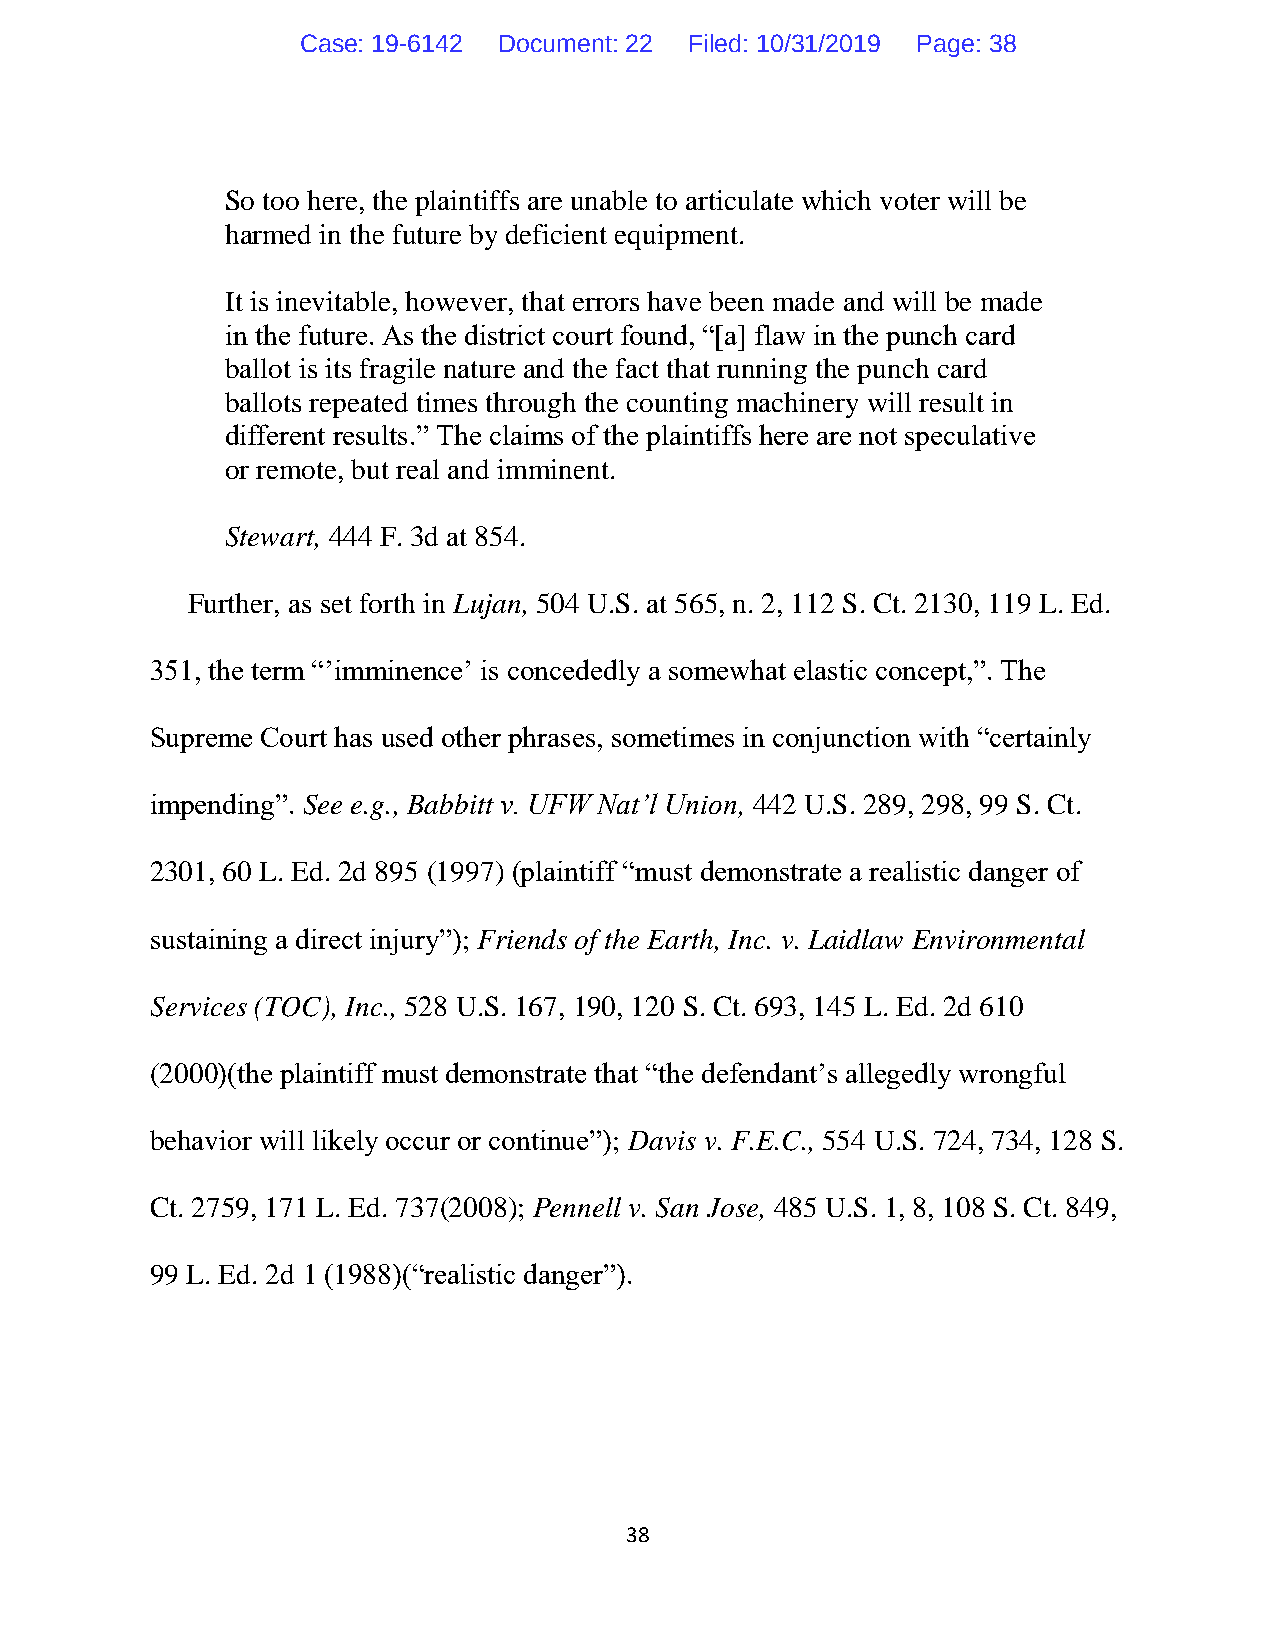
Case: 19-6142 Document: 22 Filed: 10/31/2019 Page: 38
 So too here, the plaintiffs are unable to articulate which voter will be
 harmed in the future by deficient equipment.
 It is inevitable, however, that errors have been made and will be made
 in the future. As the district court found, “[a] flaw in the punch card
 ballot is its fragile nature and the fact that running the punch card
 ballots repeated times through the counting machinery will result in
 different results.” The claims of the plaintiffs here are not speculative
 or remote, but real and imminent.
 Stewart, 444 F. 3d at 854.
 Further, as set forth in Lujan, 504 U.S. at 565, n. 2, 112 S. Ct. 2130, 119 L. Ed.
 351, the term “’imminence’ is concededly a somewhat elastic concept,”. The
 Supreme Court has used other phrases, sometimes in conjunction with “certainly
 impending”. See e.g., Babbitt v. UFW Nat’l Union, 442 U.S. 289, 298, 99 S. Ct.
 2301, 60 L. Ed. 2d 895 (1997) (plaintiff “must demonstrate a realistic danger of
 sustaining a direct injury”); Friends of the Earth, Inc. v. Laidlaw Environmental
 Services (TOC), Inc., 528 U.S. 167, 190, 120 S. Ct. 693, 145 L. Ed. 2d 610
 (2000)(the plaintiff must demonstrate that “the defendant’s allegedly wrongful
 behavior will likely occur or continue”); Davis v. F.E.C., 554 U.S. 724, 734, 128 S.
 Ct. 2759, 171 L. Ed. 737(2008); Pennell v. San Jose, 485 U.S. 1, 8, 108 S. Ct. 849,
 99 L. Ed. 2d 1 (1988)(“realistic danger”).
 38